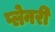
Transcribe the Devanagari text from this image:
प्लेनरी